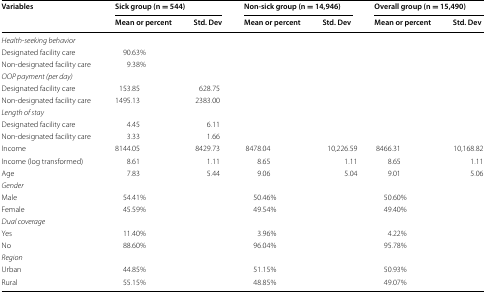
<table><thead><tr><td rowspan="2"><b>Variables</b></td><td colspan="2"><b>Sick group (n = 544)</b></td><td colspan="2"><b>Non-sick group (n = 14,946)</b></td><td colspan="2"><b>Overall group (n = 15,490)</b></td></tr><tr><td><b>Mean or percent</b></td><td><b>Std. Dev</b></td><td><b>Mean or percent</b></td><td><b>Std. Dev</b></td><td><b>Mean or percent</b></td><td><b>Std. Dev</b></td></tr></thead><tbody><tr><td colspan="7"><i>Health</i>-<i>seeking behavior</i></td></tr><tr><td>Designated facility care</td><td>90.63%</td><td></td><td></td><td></td><td></td><td></td></tr><tr><td>Non-designated facility care</td><td>9.38%</td><td></td><td></td><td></td><td></td><td></td></tr><tr><td colspan="7"><i>OOP payment (per day)</i></td></tr><tr><td>Designated facility care</td><td>153.85</td><td>628.75</td><td></td><td></td><td></td><td></td></tr><tr><td>Non-designated facility care</td><td>1495.13</td><td>2383.00</td><td></td><td></td><td></td><td></td></tr><tr><td colspan="7"><i>Length of stay</i></td></tr><tr><td>Designated facility care</td><td>4.45</td><td>6.11</td><td></td><td></td><td></td><td></td></tr><tr><td>Non-designated facility care</td><td>3.33</td><td>1.66</td><td></td><td></td><td></td><td></td></tr><tr><td>Income</td><td>8144.05</td><td>8429.73</td><td>8478.04</td><td>10,226.59</td><td>8466.31</td><td>10,168.82</td></tr><tr><td>Income (log transformed)</td><td>8.61</td><td>1.11</td><td>8.65</td><td>1.11</td><td>8.65</td><td>1.11</td></tr><tr><td>Age</td><td>7.83</td><td>5.44</td><td>9.06</td><td>5.04</td><td>9.01</td><td>5.06</td></tr><tr><td colspan="7"><i>Gender</i></td></tr><tr><td>Male</td><td>54.41%</td><td></td><td>50.46%</td><td></td><td>50.60%</td><td></td></tr><tr><td>Female</td><td>45.59%</td><td></td><td>49.54%</td><td></td><td>49.40%</td><td></td></tr><tr><td colspan="7"><i>Dual coverage</i></td></tr><tr><td>Yes</td><td>11.40%</td><td></td><td>3.96%</td><td></td><td>4.22%</td><td></td></tr><tr><td>No</td><td>88.60%</td><td></td><td>96.04%</td><td></td><td>95.78%</td><td></td></tr><tr><td colspan="7"><i>Region</i></td></tr><tr><td>Urban</td><td>44.85%</td><td></td><td>51.15%</td><td></td><td>50.93%</td><td></td></tr><tr><td>Rural</td><td>55.15%</td><td></td><td>48.85%</td><td></td><td>49.07%</td><td></td></tr></tbody></table>